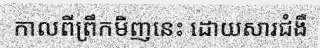
កាលពីព្រឹកមិញនេះ ដោយសារជំងឺ